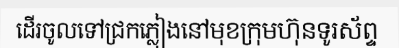
ដើរចូលទៅជ្រកភ្លៀងនៅមុខក្រុមហ៊ុនទូរស័ព្ទ